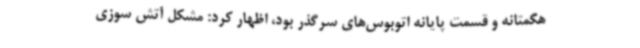
هگمتانه و قسمت پایانه اتوبوس‌های سرگذر بود، اظهار کرد: مشکل آتش سوزی